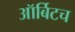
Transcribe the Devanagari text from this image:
ऑर्बिटच